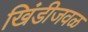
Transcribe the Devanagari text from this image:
खिंडीजवळ